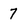
Character: 7